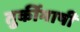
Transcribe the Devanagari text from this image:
तुर्कीभाषी